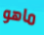
ماهو